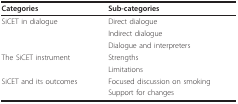
<table><thead><tr><td><b>Categories</b></td><td><b>Sub-categories</b></td></tr></thead><tbody><tr><td>SiCET in dialogue</td><td>Direct dialogue</td></tr><tr><td></td><td>Indirect dialogue</td></tr><tr><td></td><td>Dialogue and interpreters</td></tr><tr><td>The SiCET instrument</td><td>Strengths</td></tr><tr><td></td><td>Limitations</td></tr><tr><td>SiCET and its outcomes</td><td>Focused discussion on smoking</td></tr><tr><td></td><td>Support for changes</td></tr></tbody></table>